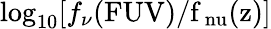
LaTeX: \log_{10}[f_{\nu}(\mathrm{FUV)/f_{\ nu}(z)]}